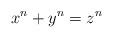
LaTeX: \begin{align*} x^n + y^n = z^n\end{align*}